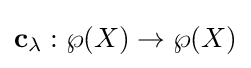
\mathbf {c} _{\lambda }:\wp (X)\to \wp (X)